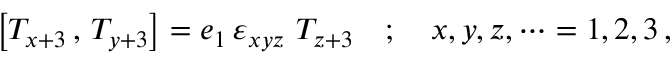
\left[ T _ { x + 3 } \, , \, T _ { y + 3 } \right] = e _ { 1 } \, \varepsilon _ { x y z } \, \, T _ { z + 3 } \quad ; \quad x , y , z , \dots = 1 , 2 , 3 \, ,